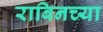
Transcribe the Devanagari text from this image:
राबिनच्या